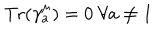
{ \mathrm { T r } } ( \gamma _ { a } ^ { \mu } ) = 0 ~ \forall a \not = 1